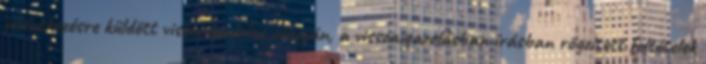
jelentkezésre küldött visszaigazolás alapján, a visszaigazolásban írásban rögzített feltételek